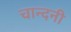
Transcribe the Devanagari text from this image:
चान्दनी